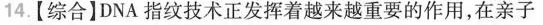
14.【综合】DNA指纹技术正发挥着越来越重要的作用，在亲子